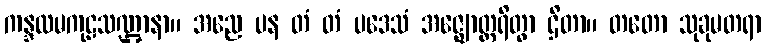
ကန္ဒလမကုဠသဏ္ဌာနာ။ အညေ ပန တံ တံ ပဒေသံ အဇ္ဈောတ္ထရိတွာ ဌိတာ။ တတော သုခုမတရာ